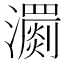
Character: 瀱